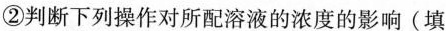
②判断下列操作对所配溶液的浓度的影响(填